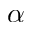
\alpha